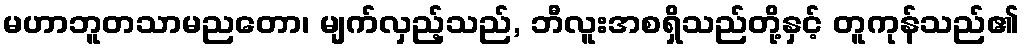
မဟာဘူတသာမညတော၊ မျက်လှည့်သည်, ဘီလူးအစရှိသည်တို့နှင့် တူကုန်သည်၏